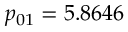
p _ { 0 1 } = 5 . 8 6 4 6